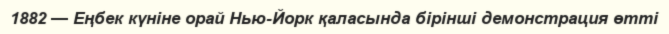
1882 — Еңбек күніне орай Нью-Йорк қаласында бірінші демонстрация өтті